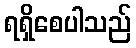
ရရှိစေပါသည်